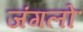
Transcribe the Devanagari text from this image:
जंगलोॱ